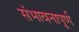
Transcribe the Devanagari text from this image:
संभावनापूर्ण